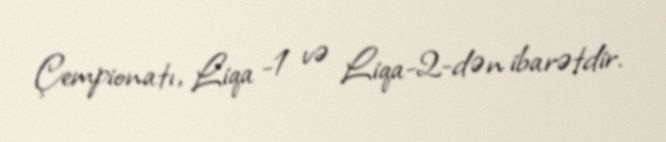
Çempionatı, Liqa -1 və Liqa-2-dən ibarətdir.